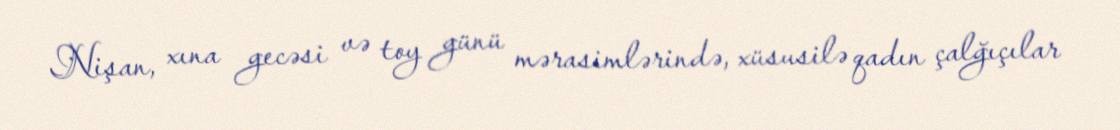
Nişan, xına gecəsi və toy günü mərasimlərində, xüsusilə qadın çalğıçılar